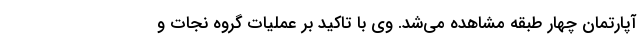
آپارتمان چهار طبقه مشاهده می‌شد. وی با تاکید بر عملیات گروه نجات و